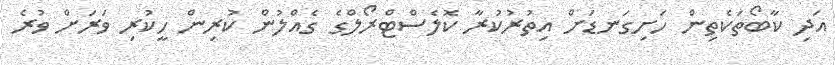
އަދި ކާބޯތަކެތިން ހަށިގަނޑަށް އިތުރުކުރާ ކޮލެސްޓްރޯލްގެ ގެއްލުން ކުރިން ހީކުރި ވަަރަށް ވުރެ